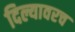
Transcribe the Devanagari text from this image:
दिल्यावरच